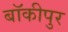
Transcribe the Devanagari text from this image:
बॉकीपुर